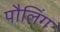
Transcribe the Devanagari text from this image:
पौलिंग